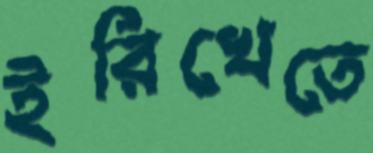
ইরিখেতে